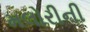
મલોરીની